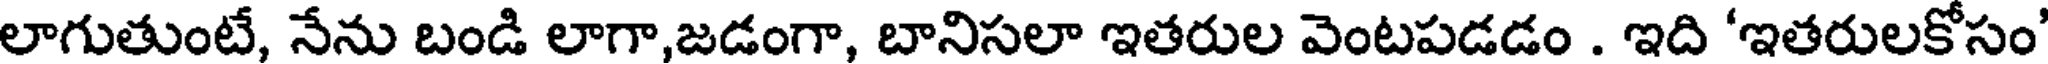
లాగుతుంటే, నేను బండి లాగా,జడంగా, బానిసలా ఇతరుల వెంటపడడం . ఇది 'ఇతరులకోసం